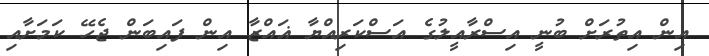
އިން އިތުރަށް ބުނީ އިސްރާއީލުގެ އަސްކަރިއްޔާ ޣައްޒާ އިން ފައިބަން ޖެހޭ ކަމަށާއި